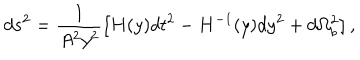
d s ^ { 2 } = \frac { 1 } { A ^ { 2 } y ^ { 2 } } \left[ H ( y ) d t ^ { 2 } - H ^ { - 1 } ( y ) d y ^ { 2 } + d \Omega _ { b } ^ { 2 } \right] ,